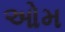
ઓમ